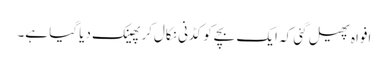
افواہ پھیل گئی کہ ایک بچےکو کڈنی نکال‌کر پھینک دیا گیا ہے۔